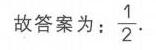
故答案为：$\frac{1}{2}$.